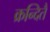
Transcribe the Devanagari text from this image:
क्रन्दितै